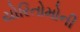
યોરિતોમોની